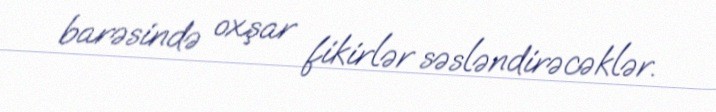
barəsində oxşar fikirlər səsləndirəcəklər.